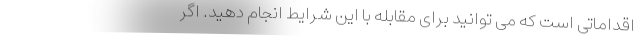
اقداماتی است که می توانید برای مقابله با این شرایط انجام دهید. اگر